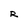
Character: R